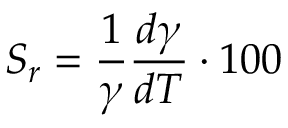
S _ { r } = \frac { 1 } { \gamma } \frac { d \gamma } { d T } \cdot 1 0 0